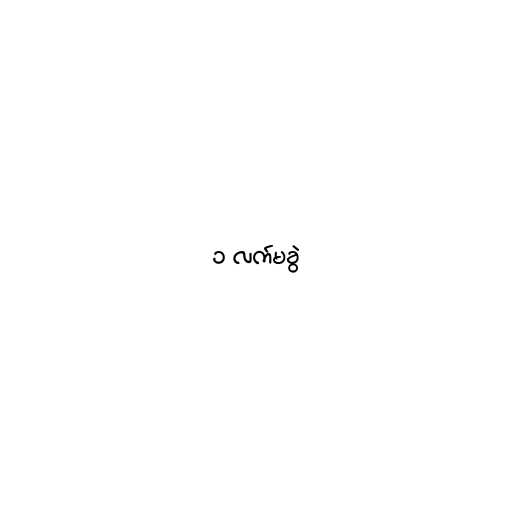
၁ လက်မခွဲ